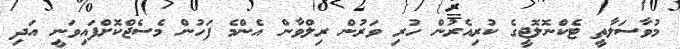
މުވާސަލާތީ ޓެކްނޮލޮޖީގެ ކުރިއެރުން ހުރި ވަރުން ރިލްވާން އެންމެ ފަހުން މެސެޖްކޮށްފައިވަނީ އަދި